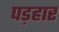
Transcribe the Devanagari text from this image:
पड़हार